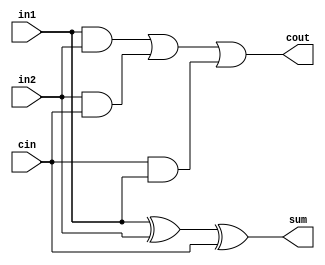
module adder1bit (
	sum,
	cout,
	in1,
	in2,
	cin
);

output sum, cout;
input in1, in2, cin;

assign sum = in1 ^ in2 ^ cin;
assign cout = (in1 & in2) | (in2 & cin) | (cin & in1);

endmodule